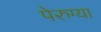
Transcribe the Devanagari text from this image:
पेरुग्या